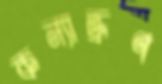
কন্যাভ্রূণ